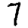
Digit: 7